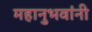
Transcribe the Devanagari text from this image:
महानुभवांनी